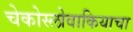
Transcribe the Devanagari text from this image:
चेकोस्लोवाकियाचा